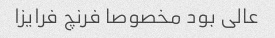
عالی بود مخصوصا فرنچ فرایزا